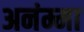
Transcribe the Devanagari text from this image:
अनंम्मा